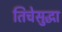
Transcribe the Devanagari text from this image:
तिचेसुद्धा